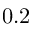
0 . 2